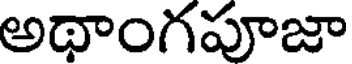
అథాంగపూజా